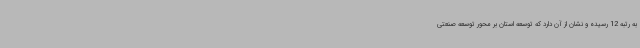
به رتبه 12 رسیده و نشان از آن دارد که توسعه استان بر محور توسعه صنعتی